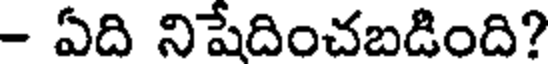
- ఏది నిషేదించబడింది?